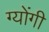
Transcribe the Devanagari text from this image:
ग्योंगी